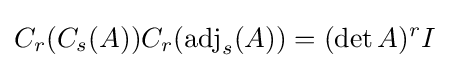
C_{r}(C_{s}(A))C_{r}(\operatorname {adj} _{s}(A))=(\det A)^{r}I